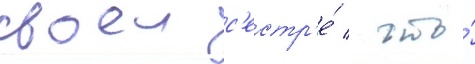
своеи с'естр'е́ / что́